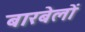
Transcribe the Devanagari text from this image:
बारबेलों